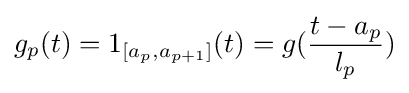
g_{p}(t)=1_{[a_{p},a_{p+1}]}(t)=g({t-a_{p} \over l_{p}})